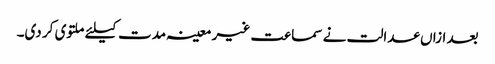
بعد ازاں عدالت نے سماعت غیر معینہ مدت کیلئے ملتوی کر دی۔